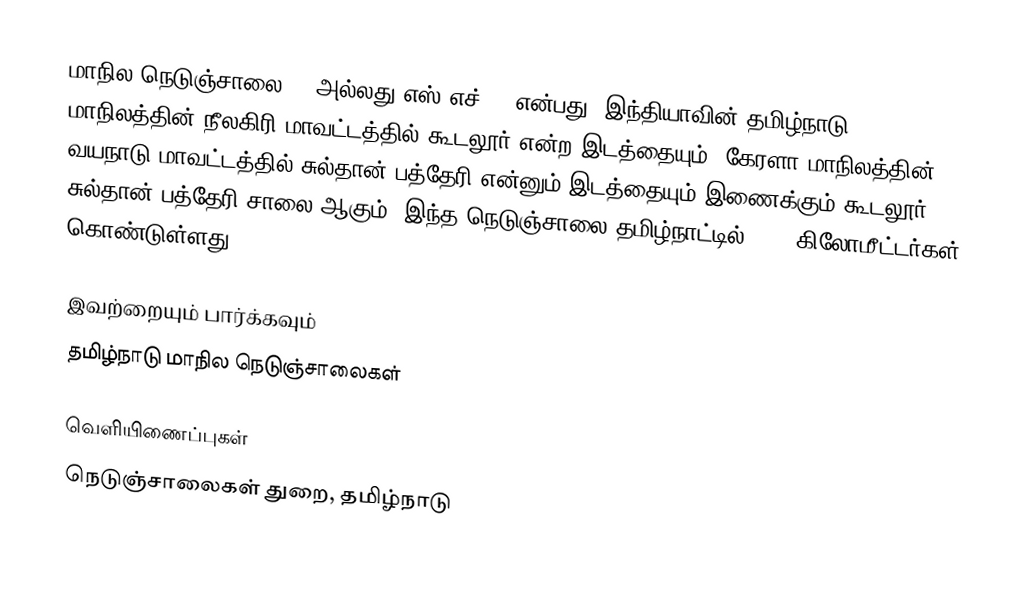
மாநில நெடுஞ்சாலை 98 அல்லது எஸ்.எச்-98 என்பது, இந்தியாவின் தமிழ்நாடு மாநிலத்தின் நீலகிரி மாவட்டத்தில் கூடலூர் என்ற இடத்தையும், கேரளா மாநிலத்தின் வயநாடு மாவட்டத்தில் சுல்தான் பத்தேரி என்னும் இடத்தையும் இணைக்கும் கூடலூர் - சுல்தான் பத்தேரி சாலை ஆகும். இந்த நெடுஞ்சாலை தமிழ்நாட்டில் 27.4 கிலோமீட்டர்கள் கொண்டுள்ளது.

இவற்றையும் பார்க்கவும்
 தமிழ்நாடு மாநில நெடுஞ்சாலைகள்

வெளியிணைப்புகள்
 நெடுஞ்சாலைகள் துறை, தமிழ்நாடு